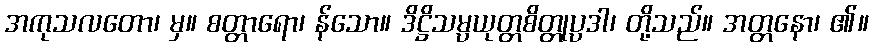
အကုသလတော၊ မှ။ စတ္တာရော၊ န်သော။ ဒိဋ္ဌိသမ္ပယုတ္တစိတ္တုပ္ပဒါ၊ တို့သည်။ အတ္တနော၊ ၏။